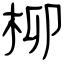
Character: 柳